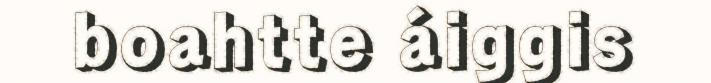
boahtte áiggis